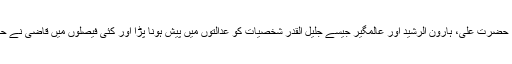
وقت کے حکمرانوں حضرت عمرؓ، حضرت علیؓ، ہارون الرشید اور عالمگیر جیسے جلیل القدر شخصیات کو عدالتوں میں پیش ہونا پڑا اور کئی فیصلوں میں قاضی نے حکمران طبقے کے خلاف فیصلہ دیا۔